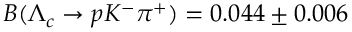
B ( \Lambda _ { c } \rightarrow p K ^ { - } \pi ^ { + } ) = 0 . 0 4 4 \pm 0 . 0 0 6